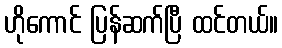
ဟိုကောင် ပြန်ဆက်ပြီ ထင်တယ်။